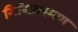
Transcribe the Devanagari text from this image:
गिरिजारमण